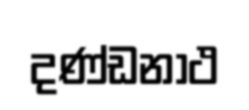
දණ්ඩනාථ